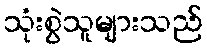
သုံးစွဲသူများသည်